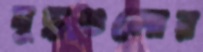
যুদ্ধগুলোর